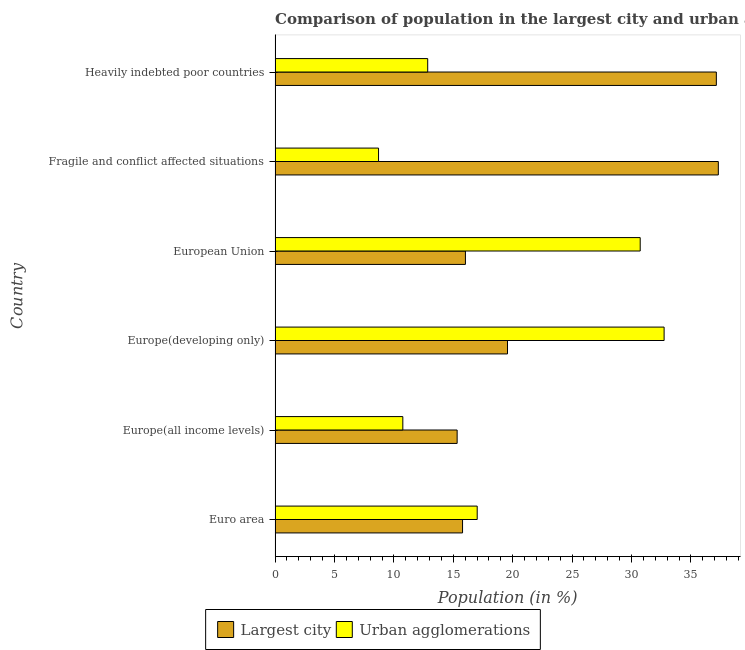
| Country | Largest city | Urban agglomerations |
 | --- | --- | --- |
 | Euro area | 15.8 | 17 |
 | Europe(all income levels) | 15.3 | 10.8 |
 | Europe(developing only) | 19.6 | 32.7 |
 | European Union | 16 | 30.7 |
 | Fragile and conflict affected situations | 37.3 | 8.71 |
 | Heavily indebted poor countries | 37.1 | 12.8 |